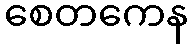
စေတကေန